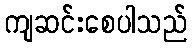
ကျဆင်းစေပါသည်